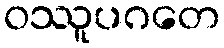
ဝဿူပဂတေ